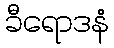
ခီရောဒနံ